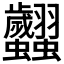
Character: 𧖢